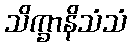
သိက္ခာနိသံသံ